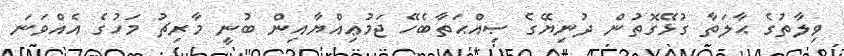
ވިލާތުގެ ޙާލަތާ ގުޅޭގޮތުން ދުނިޔޭގެ ޞިއްޙަތާބެހޭ ޖަމުޢިއްޔާއިން ބުނީ މާރިޗު މަހުގެ އެއްވަނަ